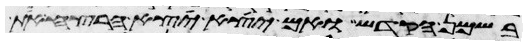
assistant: בשמן הקדש ואם יצא יצא הרצח את